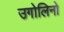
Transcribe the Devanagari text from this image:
उगोलिनो